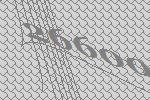
26600